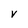
Character: V